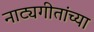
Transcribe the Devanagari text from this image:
नाट्यगीतांच्या